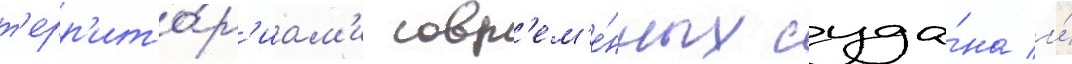
т'ерр'ито́р'иам'и совр'ем'е́нных суда́на и́